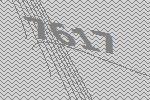
7617